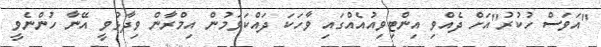
"އަވަސް ހުކުރު"އަށް ދެއްވި އިންޓިވިއުއެއްގައި ވާހަކަ ދައްކަވަމުން އިމްރާން ވިދާޅުވީ އޭނާ ހުންނެވީ